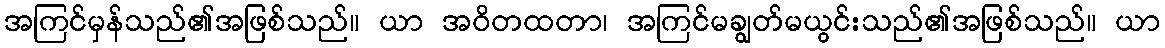
အကြင်မှန်သည်၏အဖြစ်သည်။ ယာ အဝိတထတာ၊ အကြင်မချွတ်မယွင်းသည်၏အဖြစ်သည်။ ယာ